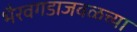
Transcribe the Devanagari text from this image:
भैरवगडाजवळच्या